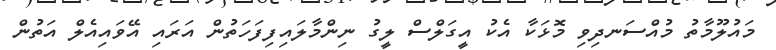
މައުލޫމާތު މުއްސަނދިވި މޮޅަކާ އެކު އީގަލްސް ލީގު ނިންމާލައިފިފަހަތުން އަރައި އޭވައިއެލް އަތުން